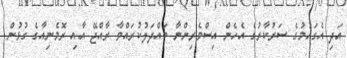
އަދި އެގައުމުގެ ސަރުކާރުގެ އެހެން އިސްވެރިންނާ ބައްދަލުކުރައްވާ ރާއްޖޭ އާއި ރޮމެނިއާގެ ގުޅުން